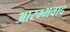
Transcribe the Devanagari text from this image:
आरम्भवाद